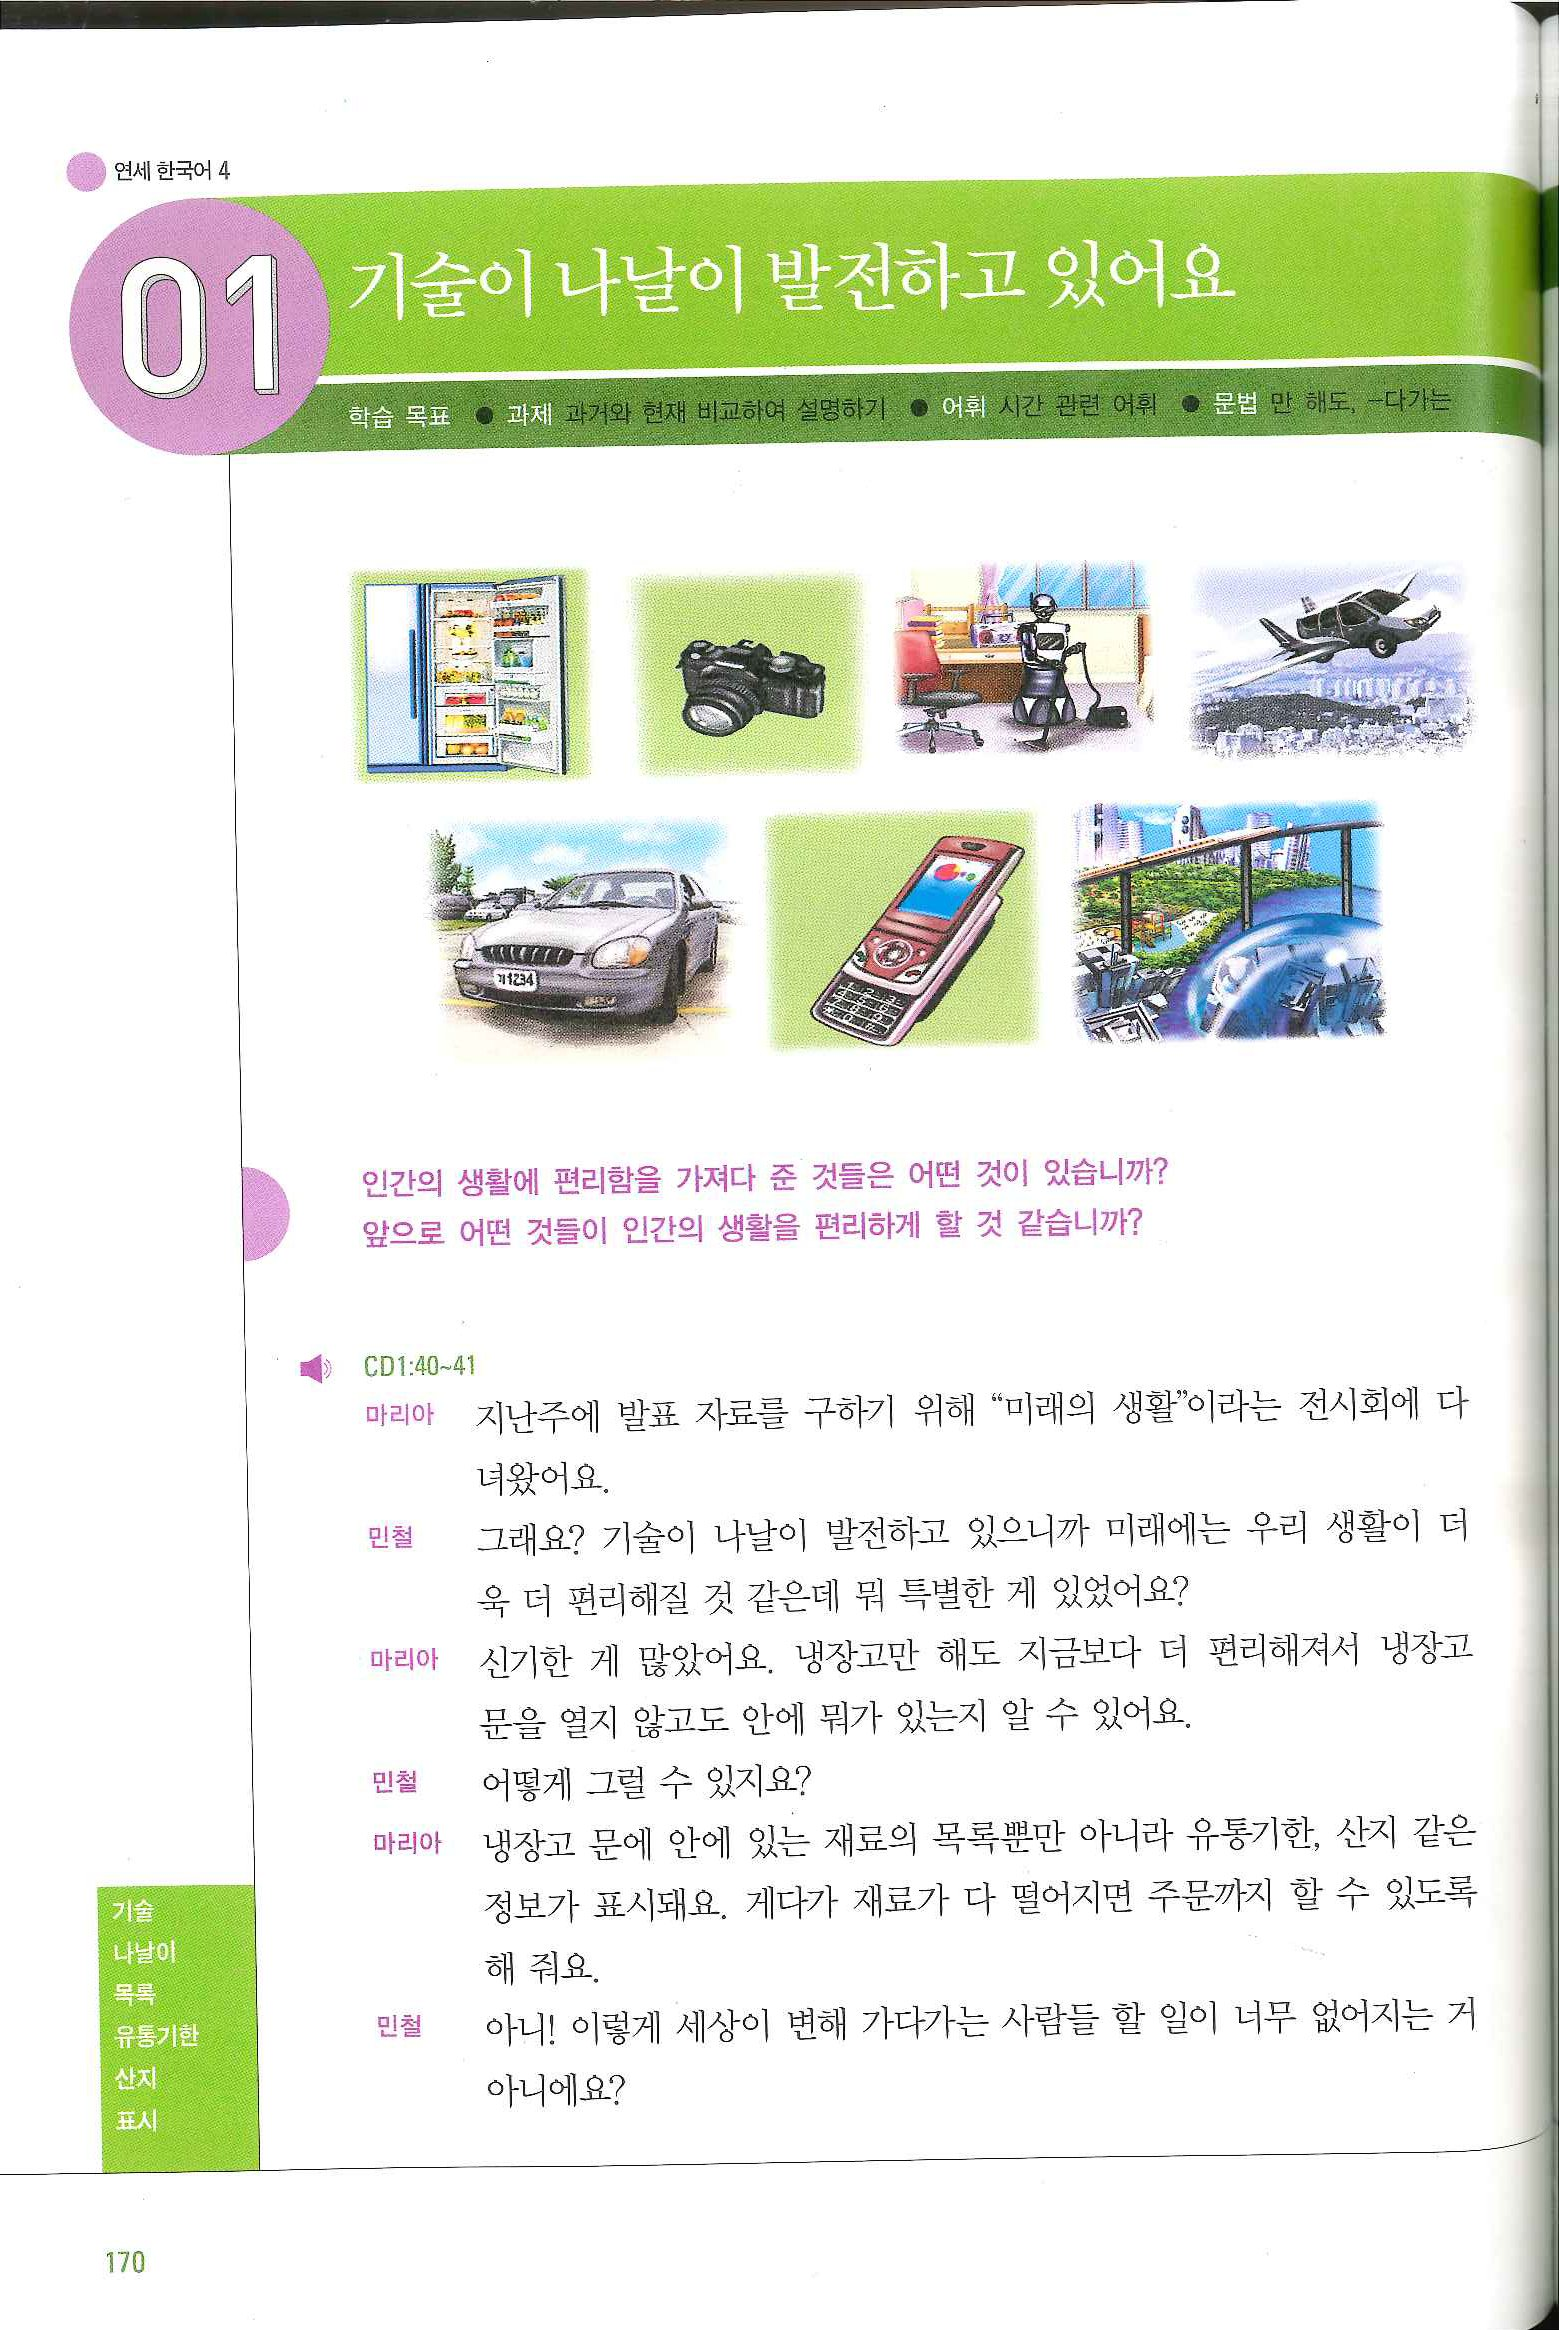
Language: ko